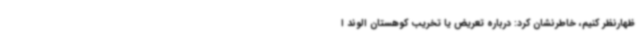
ظهارنظر کنیم، خاطرنشان کرد: درباره تعریض یا تخریب کوهستان الوند ا